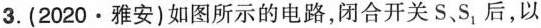
3.(2020·雅安)如图所示的电路，闭合开关S、S_{1}后，以